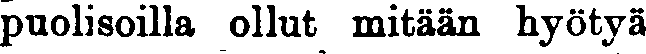
puolisoilla ollut mitään hyötyä